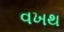
વખથ